Medical and sanitary report of the native army of Bengal for the year
Year: 1874
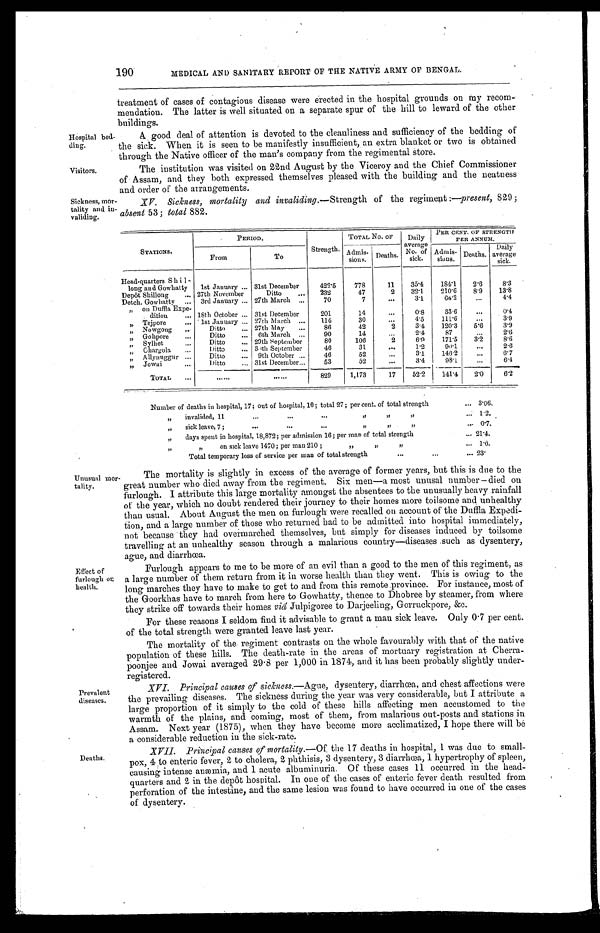
190
MEDICAL AND SANITARY REPORT OF THE NATIVE ARMY OF BENGAL.
Hospital bed--
ding.
treatment of cases of contagious disease were erected in the hospital grounds on my recom--
mendation. The latter is well situated on a separate spur of the hill to leward of the other
buildings.
A good deal of attention is devoted to the cleanliness and sufficiency of the bedding of
the sick. When it is seen to be manifestly insufficient, an extra blanket or two is obtained
through the Native officer of the man's company from the regimental store.
Visitors.
The institution was visited on 22nd August by the Viceroy and the Chief Commissioner
of Assam, and they both expressed themselves pleased with the building and the neatness
and order of the arrangements.
Sickness, mor--
tality and in-
validing.
XF. Sickness, mortality and invaliding.--Strength of the regiment:—present, 829;
absent 53; total 882.
STATIONS.
PERIOD.
Strength.
TOTAL No. OF Daily
average
No. of
sick.
PER CENT. OF STRENGTH
PER ANNUM.
From
To
Admis-.
sions. Deaths.
Admis-
sions.. Deaths.
Daily
average
sick.
Head-quarters S h i l -
long and Gowhatty 1st January ... 31st December
422.5
778
11
35.4
184.1
2.6
8.3
Depôt Shillong
... 27th November
Ditto
... 232
47
2
32.1
210.6
8.9
13.8
Detch. Gowhiatty ... 3rd January ... 27th March ...
70
7
...
3.1
65.2
...
4.4
„ "on Duffla Expe-
dition
... 18th October ... 31st December...
201
14
...
0.8
33.6
...
0.4
„ "Tejpore
... 1st January ... 27th March ...
114
30
...
4.5
111.6
...
3.9
"Nowgong ...
Ditto
... 27th May
...
86
42
2
3.4
120.3
5.6
3.9
"Gohpore
...
Ditto
... 6th March ...
90
14
...
2'4
8
...
2.6
"Sylhet
Ditto
... 29th September
80
106
2
6.9
171.5
3.2
8.6
"Chargola
...
Ditto
... 30th September
46
31
...
1.2
90.1
...
2.6
„
„ Allynuggur ...
Ditto
... 9th October ...
46
52
...
3.1
146.2
...
6.7
"Jowai
...
Ditto
... 31st December...
53
52
...
3.4
98.1
...
6.4
TOTAL
...
...... ......
829
1,173
17
52.2
141.4
2.0
6.2
Number of deaths in hospital, 17; out of hospital, 10; total 27; per cent. of total strength
... 3.06.
„ invalided, 11
...
...
...
„ „ „
...
1.2.
„ sick leave, 7;
...
... ...
„ „ „
...
0.7.
„
days spent in hospital, 18,872; per admission 16; per man of total strength
... 21.4
„
„
on sick leave 1470; per man 210;
„ „ „
...
1.6
Total temporary loss of service per man of total strength
...
...
... 23.
Unusual mor-
tality.
Effect of
furlough or
health.
Prevalent
diseases.
Deaths.
The mortality is slightly in excess of the average of former years, but this is due to the
great number who died away from the regiment. Six men—a most unusal number—died on
furlough. I attribute this large mortality amongst the absentees to the unusually heavy rainfall
of the year, which no doubt rendered their journey to their homes more toilsome and unhealthy
than usual. About August the men on furlough were recalled on account of the Duffla Expedi-
tion, and a large number of those who returned had to be admitted into hospital immediately,
not because they had overmarched themselves, but simply for diseases induced by toilsome
travelling at an unhealthy season through a malarious country—diseases such as dysentery,
ague, and diarrhœa.
Furlough appears to me to be more of an evil than a good to the men of this regiment, as
a large number of them return from it in worse health than they went. This is owing to the
long marches they have to make to get to and from this remote province. For instance, most of
the Goorkhas have to march from here to Gowhatty, thence to Dhobree by steamer, from where
they strike off towards their homes vid Julpigoree to Darjeeling, Gorruckpore, &c.
For these reasons I seldom find it advisable to grant a man sick leave. Only 0 . 7 per cent.
of the total strength were granted leave last year.
The mortality of the regiment contrasts on the whole favourably with that of the native
population of these hills. The death-rate in the areas of mortuary registration at Cherra--
poonjee and Jowai averaged 29 . 8 per 1,000 in 1874, and it has been probably slightly under-
registered.
XVI. Pr i nc i pa l c a us e s of s i c kne s s . —Ague , d y s e n t e r y , d i a r r h œ a , a n d c h e s t a f f e c t i o n s w e r e
the prevailing diseases. The sickness during the year was very considerable, but I attribute a
large proportion of it simply to the cold of these hills affecting men accustomed to the
warmth of the plains, and coming, most of them, from malarious out-posts and stations in
Assam. Next year (1875), when they have become more acclimatized, I hope there will he
a considerable reduction in the sick-rate.
XVII. Principal causes of mortality.— Of the 17 deaths in hospital, 1 was due to small-
-pox, 4 to enteric fever, 2 to cholera, 2 phthisis, 3 dysentery, 3 diarrhœa, 1 hypertrophy of spleen,
causing intense anæmia, and 1 acute albuminuria. Of these cases 11 occurred in the head--
quarters and 2 in the depôt hospital. In one of the cases of enteric fever death resulted from
perforation of the intestine, and the same lesion was found to have occurred in one of the cases
of dysentery.